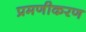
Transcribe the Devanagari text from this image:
प्रमणीकरण